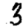
Digit: 3